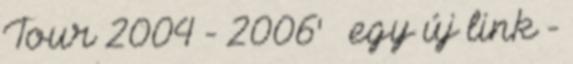
Tour 2004 - 2006' » egy új link -